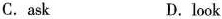
C.ask D.look